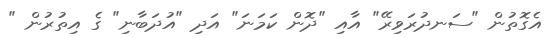
އެގޮތުން "ސަނދުރަވިރޭ" އާއި "ދޮން ކަމަނަ" އަދި "އުދަބާނި" ގެ އިތުރުން "